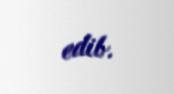
edib.